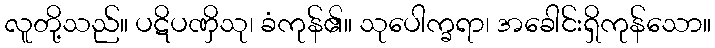
လူတို့သည်။ ပဋိပဏှိသု၊ ခံကုန်၏။ သုပေါက္ခရာ၊ အခေါင်းရှိကုန်သော။